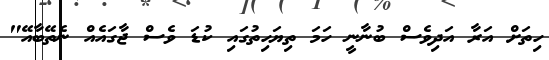
ހިތަށް އަރާ އަދިވެސް ބުނާނީ ހަމަ ތިޔަހިތުގައި ކުޑަ ވެސް ޖާގައެއް ނެތޭބާއޭ"